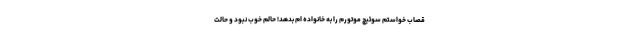
قصاب خواستم سوئیچ موتورم را به خانواده ام بدهد! حالم خوب نبود و حالت